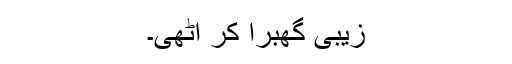
زیبی گھبرا کر اٹھی۔